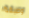
وصيفة